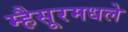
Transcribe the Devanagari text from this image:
म्हैसूरमधले